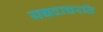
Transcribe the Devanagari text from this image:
यद्यदाचरति